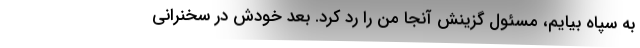
به سپاه بیایم، مسئول گزینش آنجا من را رد کرد. بعد خودش در سخنرانی